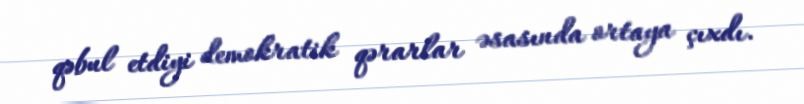
qəbul etdiyi demokratik qərarlar əsasında ortaya çıxdı.